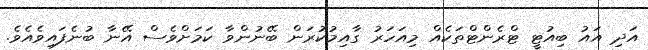
އަދި އައު ބިއުޓީ ޓްރެންޓްތަކެއް މިއަހަރު ގާއިމުކުރަން ބޭނުންވާ ކަމަށްވެސް އޭނާ ބުނެފައިވެއެވެ.